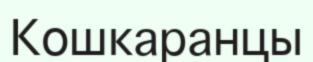
Кошкаранцы